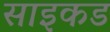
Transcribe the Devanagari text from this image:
साइकड